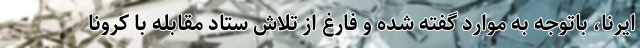
ایرنا، باتوجه به موارد گفته شده و فارغ از تلاش ستاد مقابله با کرونا